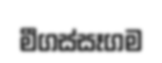
මීගස්සෑගම